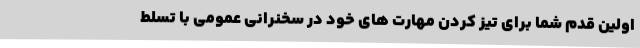
اولین قدم شما برای تیز کردن مهارت های خود در سخنرانی عمومی با تسلط